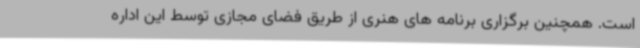
است. همچنین برگزاری برنامه های هنری از طریق فضای مجازی توسط این اداره